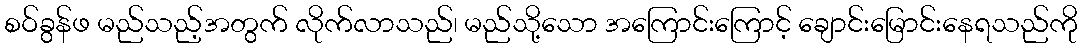
စဝ်ခွန်ဖ မည်သည့်အတွက် လိုက်လာသည်၊ မည်သို့သော အကြောင်းကြောင့် ချောင်းမြောင်းနေရသည်ကို